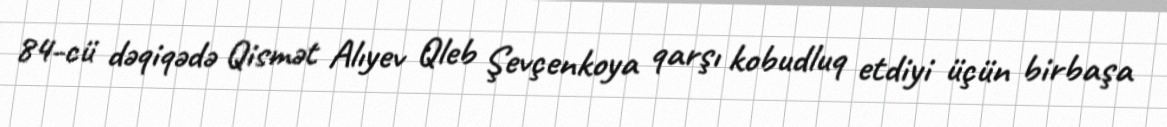
84-cü dəqiqədə Qismət Alıyev Qleb Şevçenkoya qarşı kobudluq etdiyi üçün birbaşa